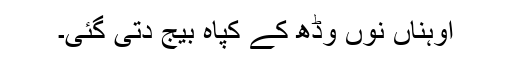
اوہناں نوں وڈھ کے کپاہ بیج دتی گئی۔